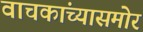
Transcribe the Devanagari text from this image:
वाचकांच्यासमोर